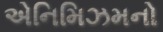
એનિમિઝમનો